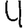
Digit: 4